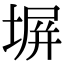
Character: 塀